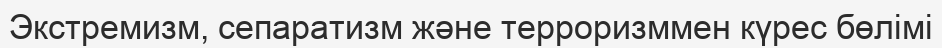
Экстремизм, сепаратизм және терроризммен күрес бөлімі